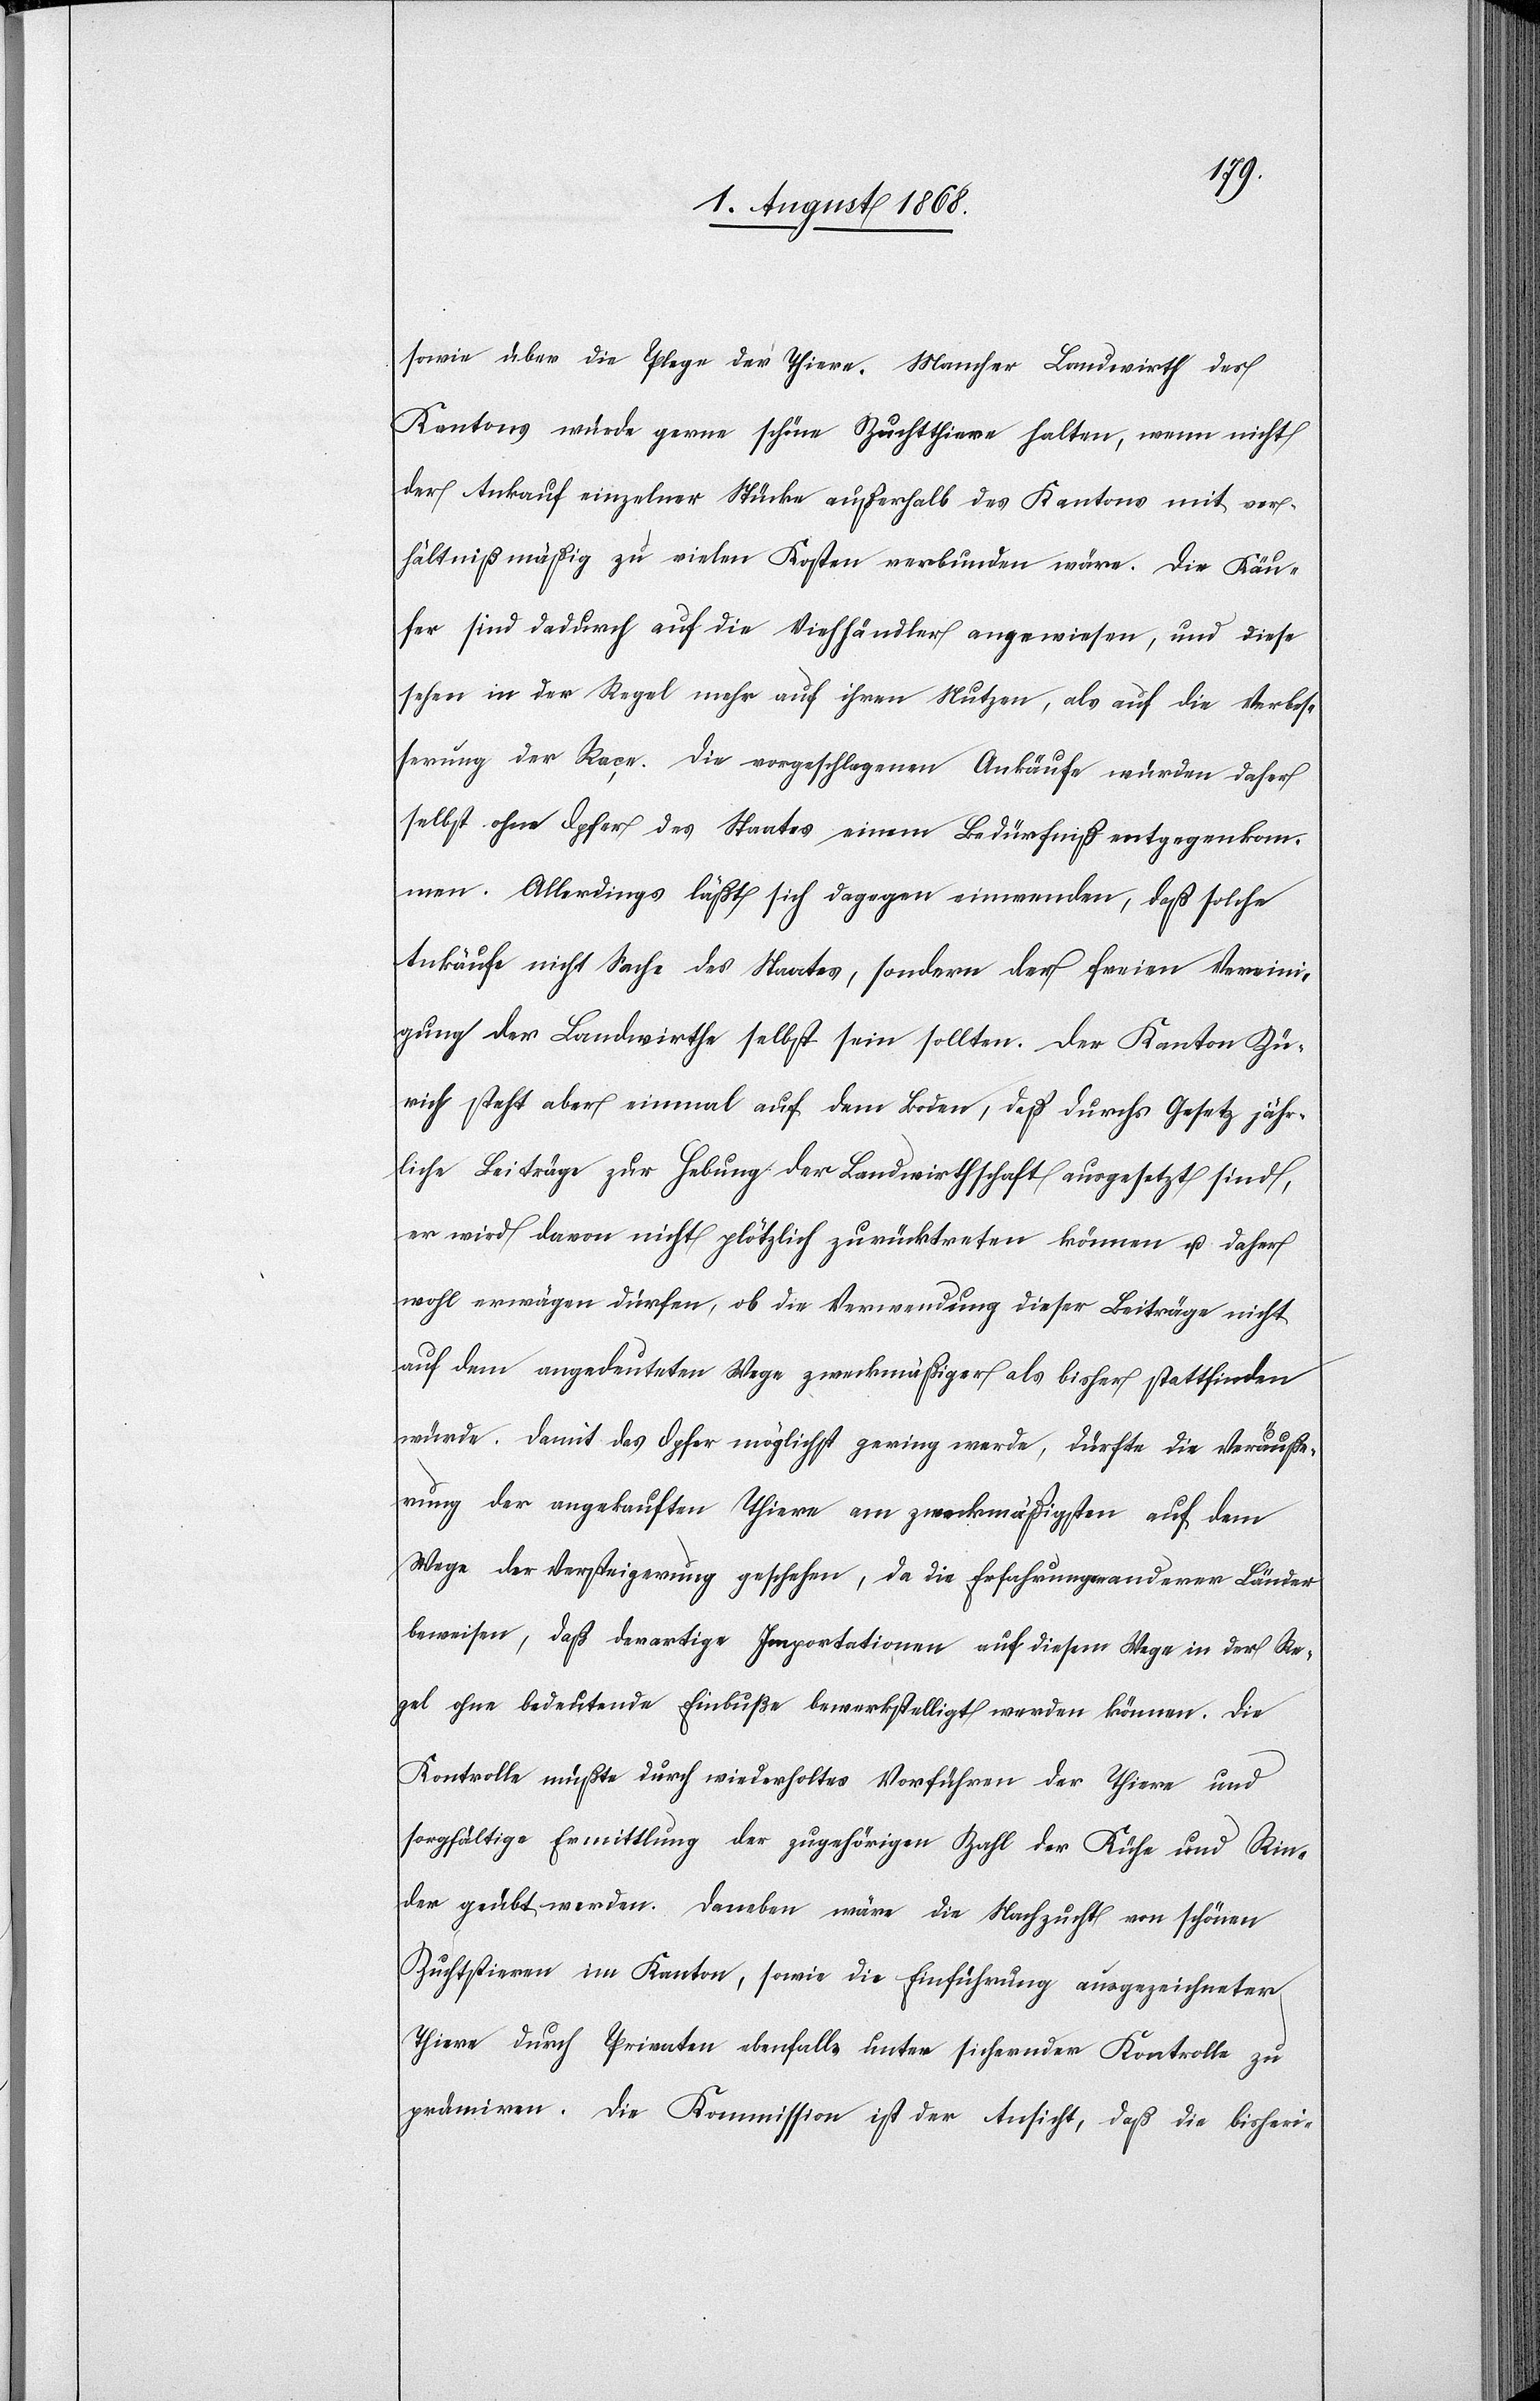
sowie über die P[f]lege der Thiere. Mancher Landwirth des
Kantons würde gerne schöne Zuchtthiere halten, wenn nicht
der Ankauf einzelner Stücke außerhalb des Kantons mit ver¬
hältnißmäßig zu vielen Kosten verbunden wäre. Die Käu¬
fer sind dadurch auf die Viehhändler angewiesen, und diese
sehen in der Regel mehr auf ihren Nutzen, als auf die Verbes¬
serung der Raçe. Die vorgeschlagenen Ankäufe würden daher
selbst ohne Opfer des Staates einem Bedürfniß entgegenkom¬
men. Allerdings läßt sich dagegen einwenden, daß solche
Ankäufe nicht Sache des Staates, sondern der freien Vereini¬
gung der Landwirthe selbst sein sollten. Der Kanton Zü¬
rich steht aber einmal auf dem Boden, daß durchs Gesetz jähr¬
liche Beiträge zur Hebung der Landwirthschaft ausgesetzt sind,
er wird davon nicht plötzlich zurücktreten können u. daher
wohl erwägen dürfen, ob die Verwendung dieser Beiträge nicht
auf dem angedeuteten Wege zweckmäßiger als bisher stattfinden
würde. Damit das Opfer möglichst gering werde, dürfte die Veräuße¬
rung der angekauften Thiere am zweckmäßigsten auf dem
Wege der Versteigerung geschehen, da die Erfahrungen anderer Länder
beweisen, daß derartige Importationen auf diesem Wege in der Re¬
gel ohne bedeutende Einbuße bewerkstelligt werden können. Die
Kontrolle müßte durch wiederholtes Vorführen der Thiere und
sorgfältige Ermittlung der zugehörigen Zahl der Kühe und Rin¬
der geübt werden. Daneben wäre die Nachzucht von schönen
Zuchtstieren im Kanton, sowie die Einführung ausgezeichneter
Thiere durch Privaten ebenfalls unter sichernder Kontrolle zu
prämiren. Die Kommission ist der Ansicht, daß die bisheri-